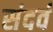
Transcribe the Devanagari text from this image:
संदर्व